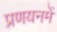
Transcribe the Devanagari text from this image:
प्रणयनमें